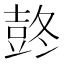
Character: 𰋋